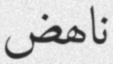
ناھض